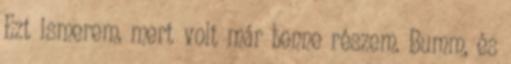
Ezt ismerem, mert volt már benne részem. Bumm, és